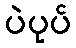
ပဲပုပ်